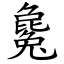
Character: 毚